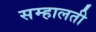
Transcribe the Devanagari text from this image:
सम्हालती